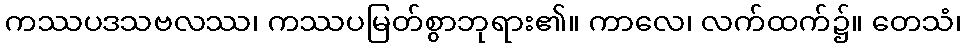
ကဿပဒသဗလဿ၊ ကဿပမြတ်စွာဘုရား၏။ ကာလေ၊ လက်ထက်၌။ တေသံ၊